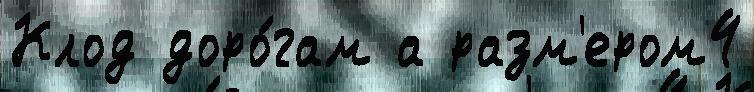
Клод доро́гам а разм'ером4